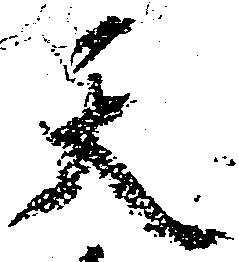
天